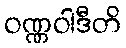
ဝဏ္ဏဝါဒီတိ